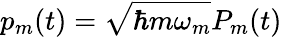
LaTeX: p_{m}(t)=\sqrt{\hbar m\omega_{m}}P_{m}(t)